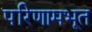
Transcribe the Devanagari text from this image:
परिणामभूत